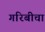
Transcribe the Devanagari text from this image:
गरिबीचा